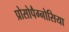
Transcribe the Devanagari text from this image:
प्रोसोपैग्नोसिया